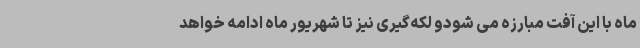
ماه با این آفت مبارزه می شودو لکه‌گیری نیز تا شهریور ماه ادامه خواهد